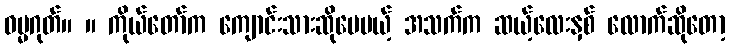
ဓမ္မဂုတ်။ ။ ကိုယ်တော်က ကျောင်းသားဆိုပေမယ့် အသက်က ဆယ့်လေးနှစ် လောက်ဆိုတော့